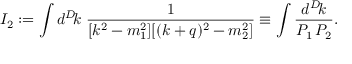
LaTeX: I _ { 2 } : = \int d ^ { D } \! k \; \frac { 1 } { [ k ^ { 2 } - m _ { 1 } ^ { 2 } ] [ ( k + q ) ^ { 2 } - m _ { 2 } ^ { 2 } ] } \equiv \int \frac { d ^ { D } \! k } { P _ { 1 } \, P _ { 2 } } .